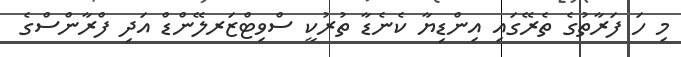
މި ހަ ފަރާތުގެ ތެރޭގައި އިންޑިޔާ ކެނެޑާ ތުރުކީ ސްވިޓްޒަރލޭންޑް އަދި ފްރާންސްގެ